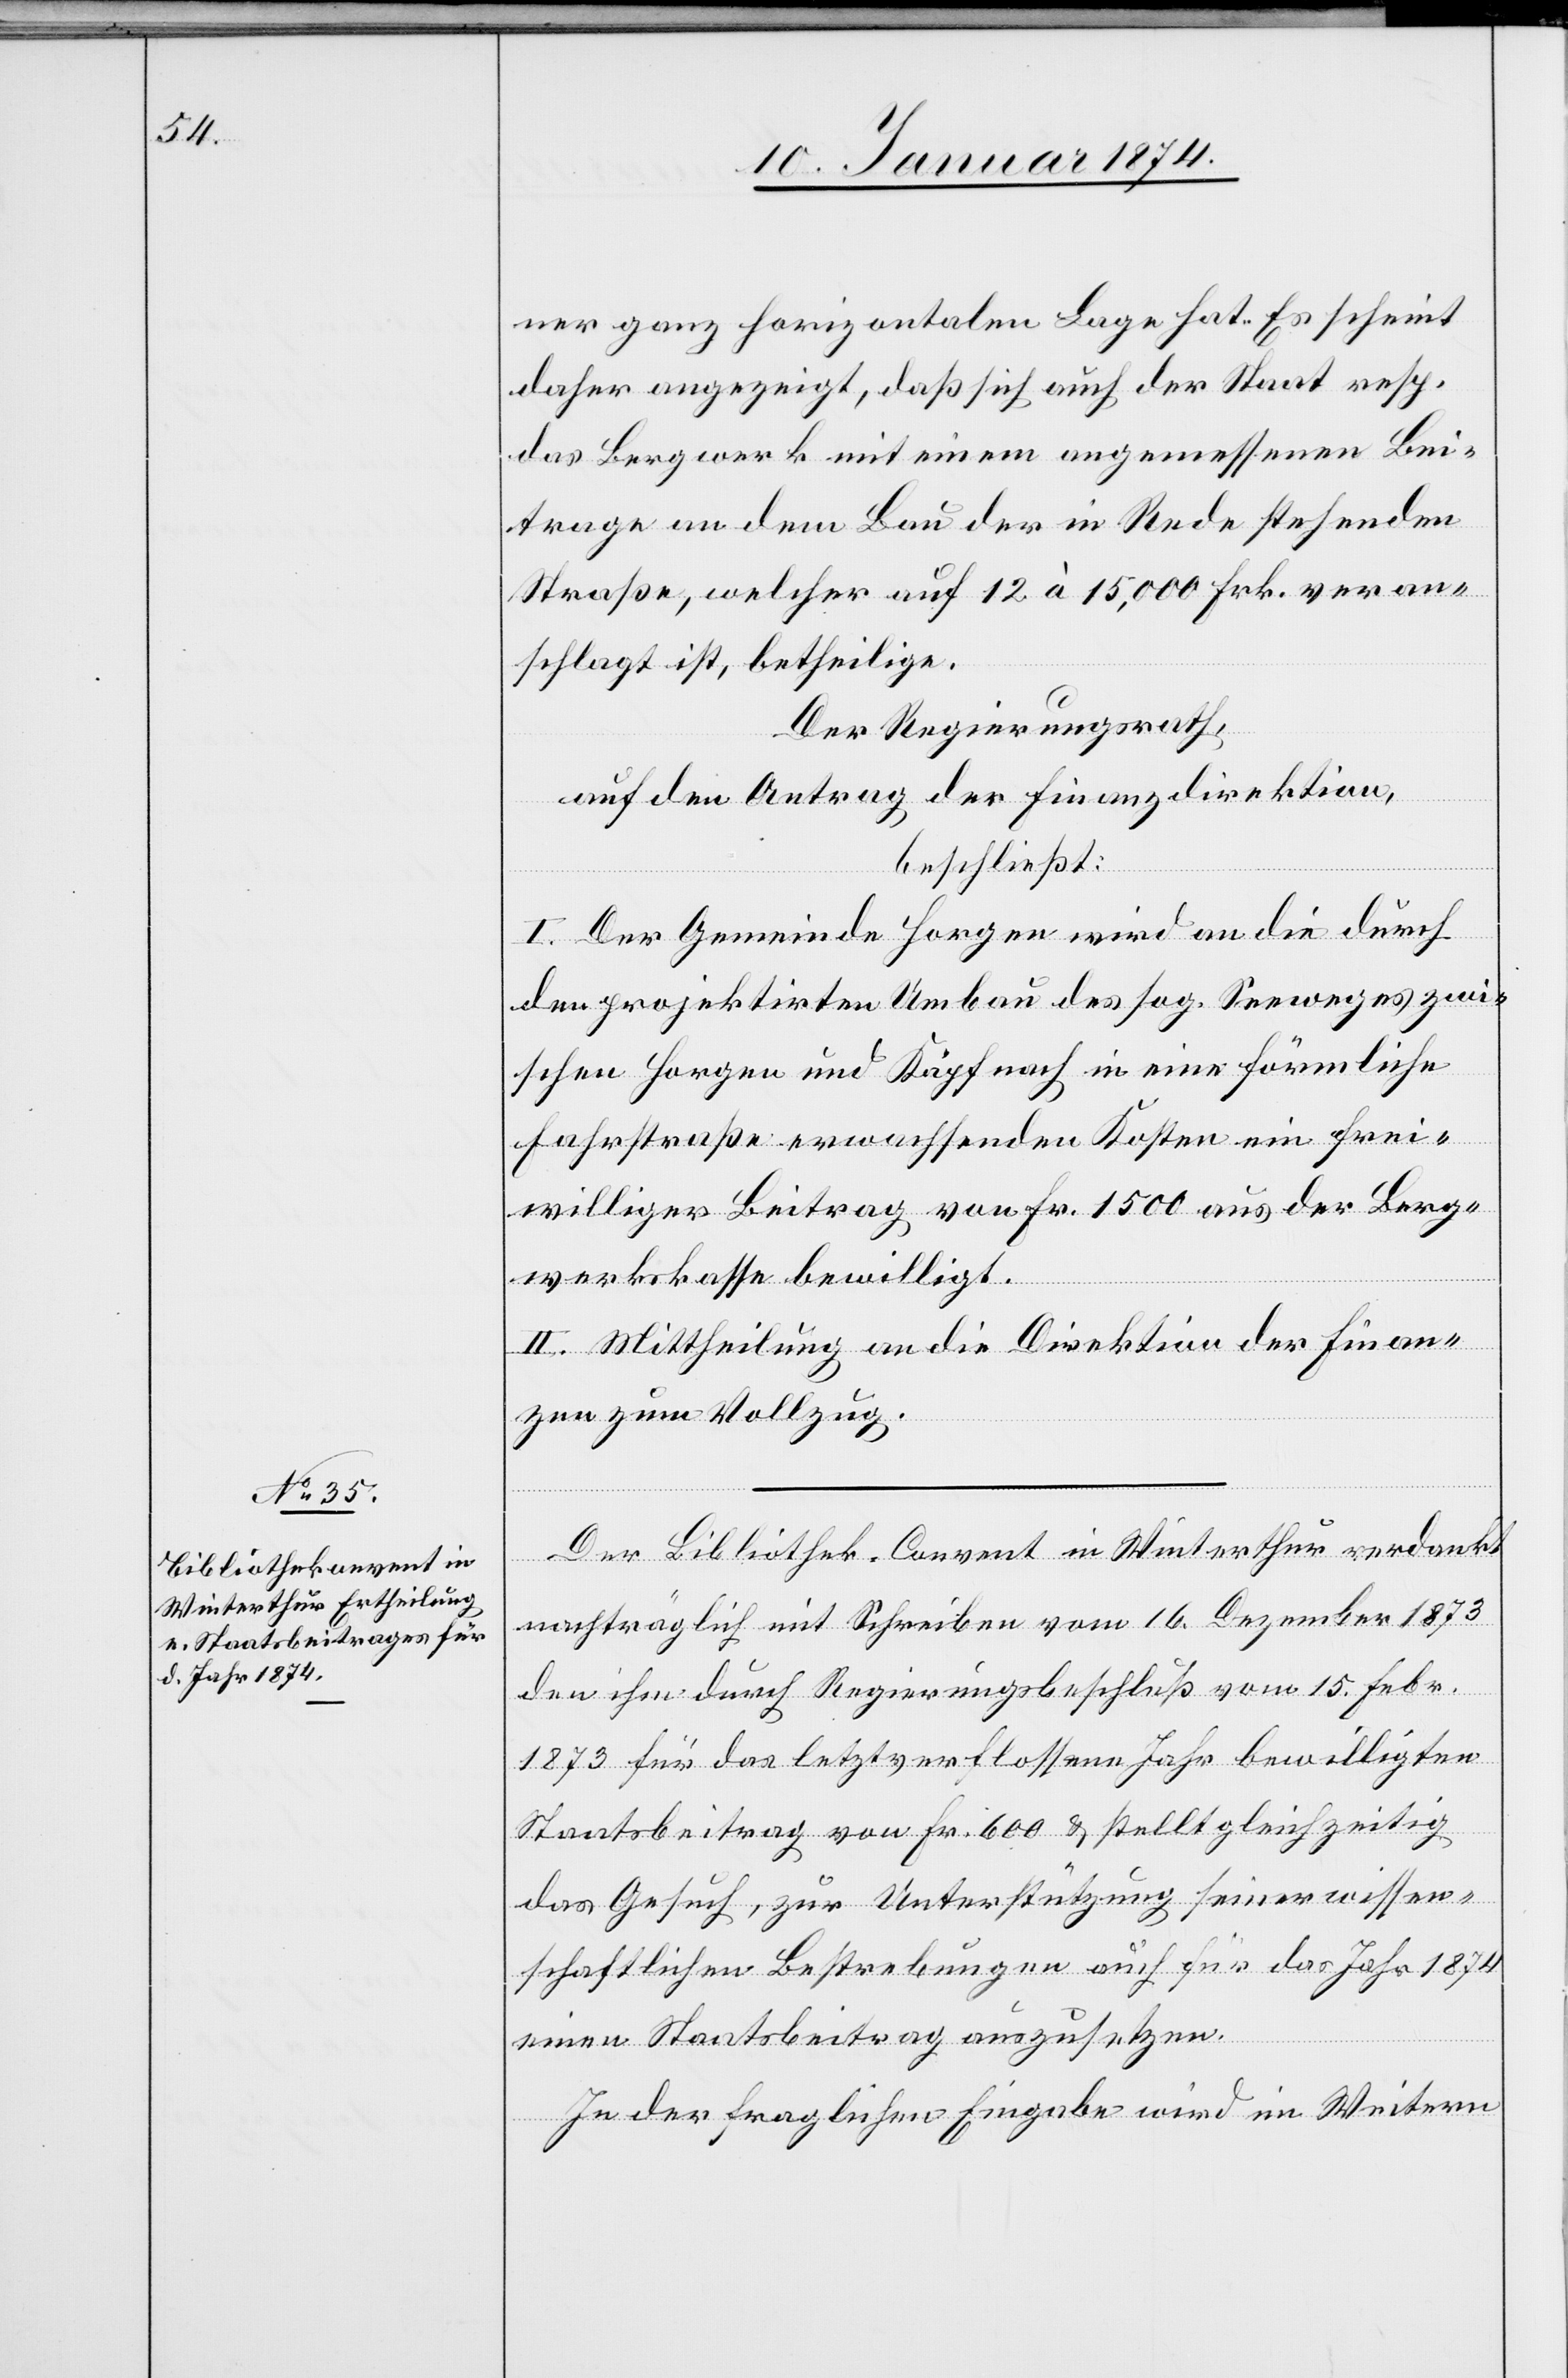
ner ganz horizontalen Lage hat. Es scheint
daher angezeigt, daß sich auch der Staat resp.
das Bergwerk mit einem angemessenen Bei¬
trage an den Bau der in Rede stehenden
Straße, welcher auf 12 à 15,000 Frk. veran¬
schlagt ist, betheilige.
Der Regierungsrath,
auf den Antrag der Finanzdirektion,
beschließt:
I. Der Gemeinde Horgen wird an die durch
den projektirten Umbau des sog. Seeweges zwi¬
schen Horgen und Käpfnach in eine förmliche
Fahrstraße erwachsenden Kosten ein frei¬
williger Betrag von Fr. 1500 aus der Berg¬
werkskasse bewilligt.
II. Mittheilung an die Direktion der Finan¬
zen zum Vollzug.
Der Bibliothek-Convent in Winterthur verdankt
nachträglich mit Schreiben vom 16. Dezember 1873
den ihm durch Regierungsbeschluß vom 15. Febr.
1873 für das letztverflossene Jahr bewilligten
Staatsbeitrag von Fr. 600 & stellt gleichzeitig
das Gesuch, zur Unterstützung seiner wissen¬
schaftlichen Bestrebungen auf für das Jahr 1874
einen Staatsbeitrag auszusetzen.
In der fraglichen Eingabe wird im Weitern